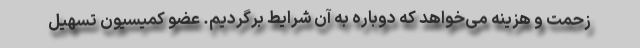
زحمت و هزینه می‌خواهد که دوباره به آن شرایط برگردیم. عضو کمیسیون تسهیل